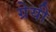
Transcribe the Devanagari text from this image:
ग्रेयी